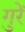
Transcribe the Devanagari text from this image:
गुरें